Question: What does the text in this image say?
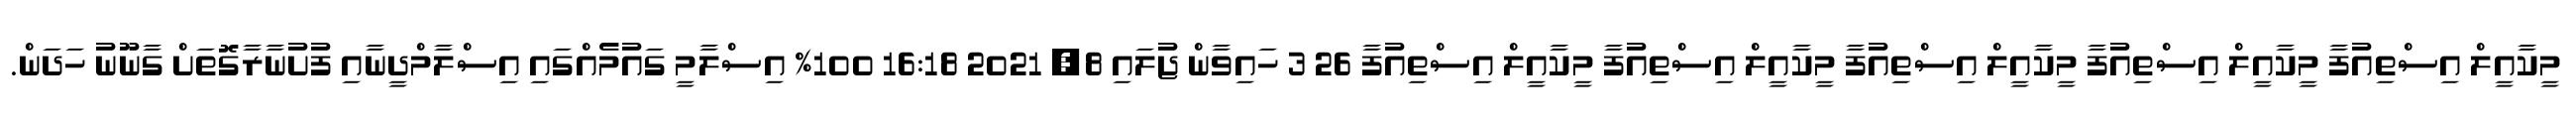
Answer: މީކާއީލް އިސްތިއުފާ މީކާއީލް އިސްތިއުފާ މީކާއީލް އިސްތިއުފާ މީކާއީލް އިސްތިއުފާ މީކާއީލް އިސްތިއުފާ 26 3 ހައިވާން ޖުލައި 8, 2021 16:18 100% އިސްލާމީ ގައުމެއްގައި އިސްލާމްދީނާއި ފުށުނާރާގޮތަށް ގާނޫނު ހަދަން.